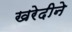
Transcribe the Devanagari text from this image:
खरेदीने